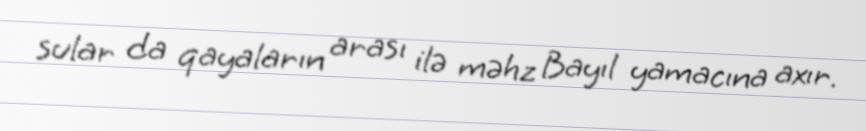
sular da qayaların arası ilə məhz Bayıl yamacına axır.